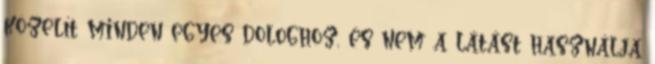
közelít minden egyes dologhoz, és nem a látást használja